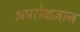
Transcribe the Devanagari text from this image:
अपरोक्षज्ञान